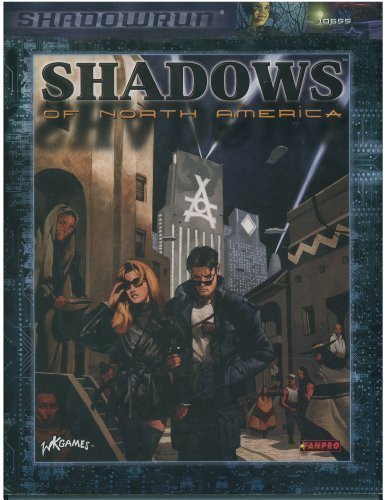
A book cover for Shadows of North America (Shadowrun); Fanpro; Science Fiction & Fantasy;